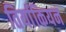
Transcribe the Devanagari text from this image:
तिर्याकियन